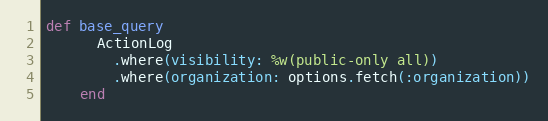
Language: Ruby
def base_query
      ActionLog
        .where(visibility: %w(public-only all))
        .where(organization: options.fetch(:organization))
    end